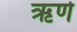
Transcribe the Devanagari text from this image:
ऋणे